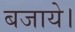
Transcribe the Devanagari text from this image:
बजाये।